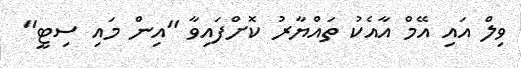
ވިލް އައި އޭމް އާއެކު ތައްޔާރު ކޮށްފައިވާ "އިން މައި ސިޓީ"